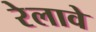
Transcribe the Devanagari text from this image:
रेलावे